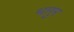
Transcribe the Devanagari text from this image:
भागुर